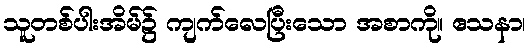
သူတစ်ပါးအိမ်၌ ကျက်လေပြီးသော အစာကို။ ဧသနာ၊